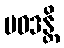
ပဝဒန္တိ